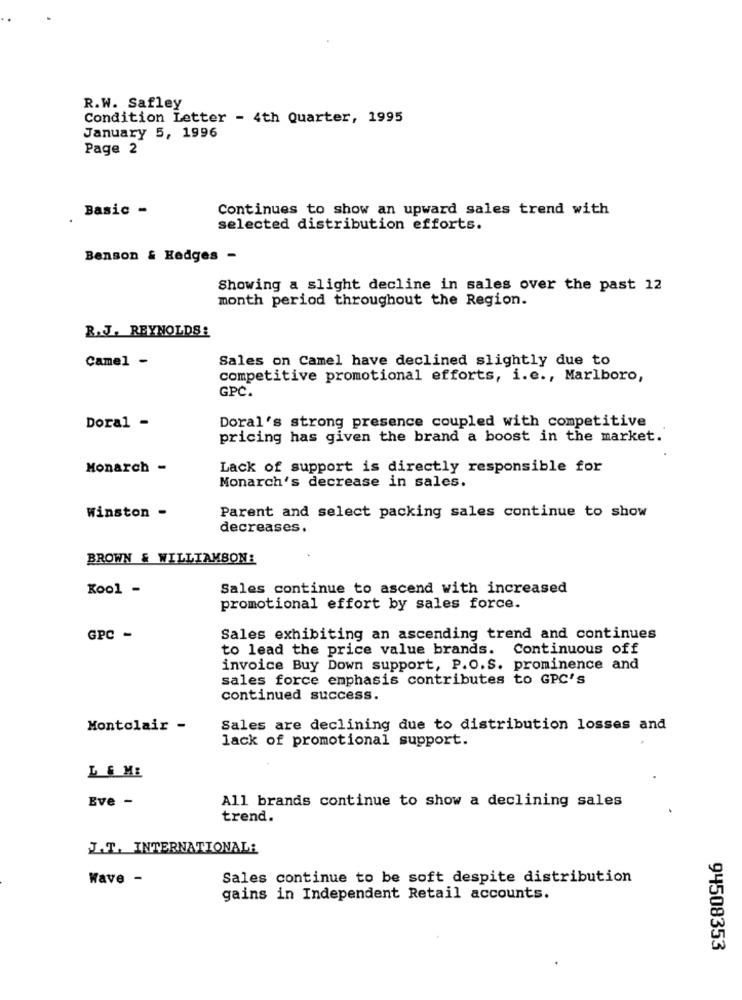
R.W. Safley
Condition Letter - 4th Quarter, 1995
January 5, 1996
Page 2
Basic -
Continues to show an upward sales trend with
selected distribution efforts.
Benson & Hedges -
Showing a slight decline in sales over the past 12
month period throughout the Region.
R. J. REYNOLDS:
Camel -
Sales on Camel have declined slightly due to
competitive promotional efforts, i.e ., Marlboro,
GPC.
Doral -
Doral's strong presence coupled with competitive
pricing has given the brand a boost in the market.
Monarch -
Lack of support is directly responsible for
Monarch's decrease in sales.
Winston -
Parent and select packing sales continue to show
decreases.
BROWN & WILLIAMSON:
Kool -
Sales continue to ascend with increased
promotional effort by sales force.
GPC -
Sales exhibiting an ascending trend and continues
to lead the price value brands. Continuous off
invoice Buy Down support, P.O.S. prominence and
sales force emphasis contributes to GPC's
continued success.
Montclair -
Sales are declining due to distribution losses and
lack of promotional support.
L & ME
Eve -
All brands continue to show a declining sales
trend.
J.T. INTERNATIONAL:
Wave -
Sales continue to be soft despite distribution
gains in Independent Retail accounts.
94508353